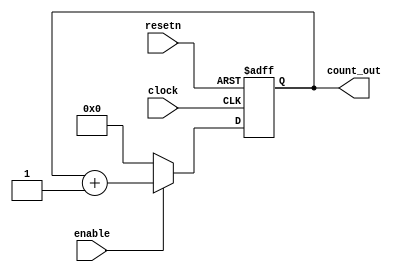
//----------------------------------------------------------------------------------
// Company:
// Engineer:
//
// Design Name:      counter
// Module Name:      counter - Behavioral
// Project Name:     verilog Training
// Target Devices:   xilinx
// Tool Versions:    v2017.4
// Description:
//
// Dependencies:     None
//
// Revision:
// Revision 0.01 - File Created
// Additional Comments:
//
//----------------------------------------------------------------------------------

module counter
 (
   input          resetn,            // input active low reset
   input          clock,             // clock
   input          enable,            // data enable signal
   output [7:0]   count_out          // counter output

 );

// reg decleration (internal signals)
reg [7:0]  r_count_out;

// incremental up_counter
always @(posedge clock or negedge resetn)  // what every you put here will become asynchronous.
   if(~resetn)           // resetn == 1'b0;
      r_count_out <= 8'b0;
   else if (enable == 1'b1)
      r_count_out <= r_count_out + 1;
   else
     r_count_out <= 8'b0;

// assign reg to output
assign count_out = r_count_out;

// end of counter module
endmodule